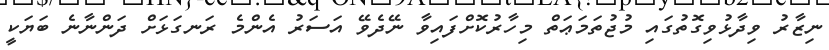
ނިޒާރު ވިދާޅުވިގޮތުގައި މުޖުތަމަޢަތް މިހާރުކޮށްފައިވާ ނޭދެވޭ އަސަރު އެންމެ ރަނގަޅަށް ދަންނާނެ ބަޔަކީ